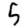
Digit: 5